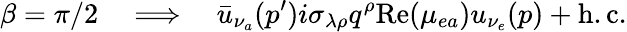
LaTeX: \beta=\pi/2\quad\Longrightarrow\quad\bar{u}_{\nu_{a}}(p^{\prime})i\sigma_{\lambda\rho}q^{\rho}\mathrm{Re}(\mu_{ea})u_{\nu_{e}}(p)+\mathrm{h.c.}